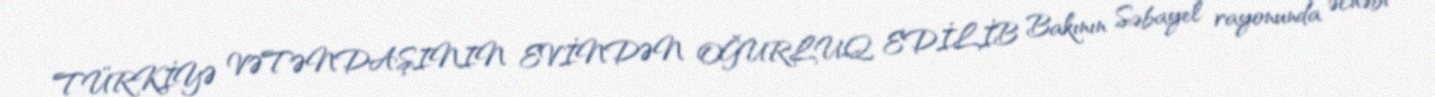
TÜRKİYƏ VƏTƏNDAŞININ EVİNDƏN OĞURLUQ EDİLİB Bakının Səbayel rayonunda əcnəbi